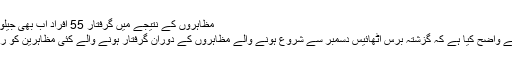
مظاہروں کے نتیجے میں گرفتار 55 افراد اب بھی جیلوں میں ہیں، ایران
ایرانی حکومت نے واضح کیا ہے کہ گزشتہ برس اٹھائیس دسمبر سے شروع ہونے والے مظاہروں کے دوران گرفتار ہونے والے کئی مظاہرین کو رہا کر دیا گیا ہے۔